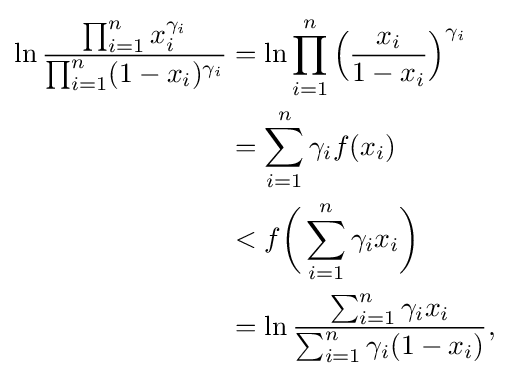
{\begin{aligned}\ln {\frac {\prod _{i=1}^{n}x_{i}^{\gamma _{i}}}{\prod _{i=1}^{n}(1-x_{i})^{\gamma _{i}}}}&=\ln \prod _{i=1}^{n}{\Bigl (}{\frac {x_{i}}{1-x_{i}}}{\Bigr )}^{\gamma _{i}}\\&=\sum _{i=1}^{n}\gamma _{i}f(x_{i})\\&<f{\biggl (}\sum _{i=1}^{n}\gamma _{i}x_{i}{\biggr )}\\&=\ln {\frac {\sum _{i=1}^{n}\gamma _{i}x_{i}}{\sum _{i=1}^{n}\gamma _{i}(1-x_{i})}},\end{aligned}}